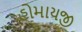
હોમાયજી